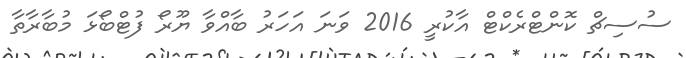
ސުސިޗް ކޮންޓްރެކްޓް އާކުރީ 2016 ވަނަ އަހަރު ބާއްވާ ޔޫރޯ ފުޓްބޯޅަ މުބާރާތާ